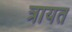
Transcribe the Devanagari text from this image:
त्रायत